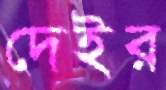
দেইর